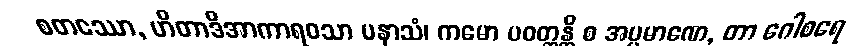
စတဿော, ဟိတာဒိအာကာရဝသာ ပနာသံ၊ ကမော ပဝတ္တန္တိ စ အပ္ပမာဏေ, တာ ဂေါစရေ